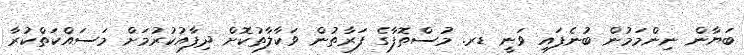
ބަޔާން ނިންމަމުން ބުނެފައި ވަނީ ޑރ. މުސްތޮފާގެ ފަރާތުން ވަކާލާތުކޮށް ދިފާއުކުރުމަށް މަސައްކަތްކުރާ